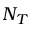
N _ { T }